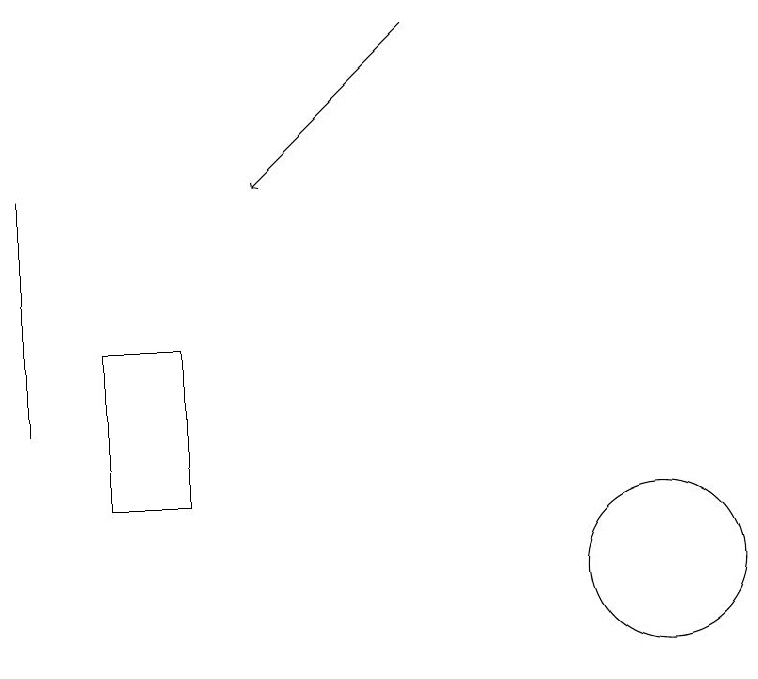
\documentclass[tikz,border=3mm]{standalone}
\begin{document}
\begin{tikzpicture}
\draw (11,10) circle (1);
\draw (3,12) rectangle (3,15);
\draw[->] (8,17) -- (6,15);
\draw (4,11) rectangle (5,13);
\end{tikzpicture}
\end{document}